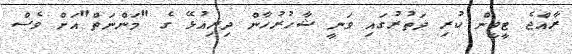
ރާއްޖެ ޓީވީން ކުރި ދަތުރުގައި ވަނީ ޝާހުރުހާން ދިރިއުޅޭ ގެ "މަންނަތް"އަށް ވެސް